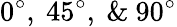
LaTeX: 0^{\circ},~45^{\circ},~\& ~90^{\circ}